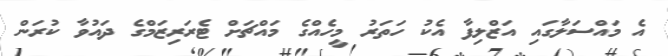
އެ މައްސަލާގައި އަޒްލިފާ އެކު ހަތަރު މީހެއްގެ މައްޗަށް ޓެރަރިޒަމްގެ ދައުވާ ކުރަން